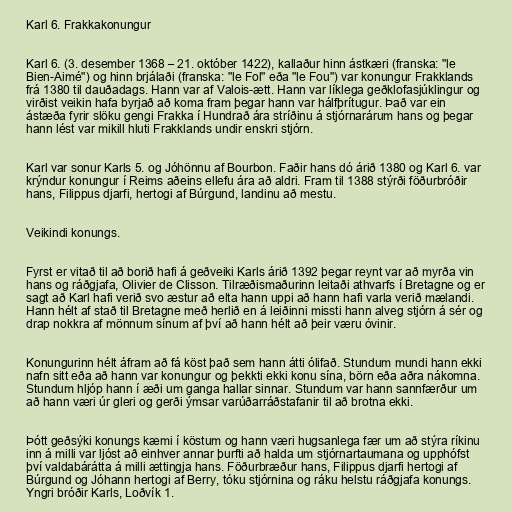
Karl 6. Frakkakonungur

Karl 6. (3. desember 1368 – 21. október 1422), kallaður hinn ástkæri (franska: "le
Bien-Aimé") og hinn brjálaði (franska: "le Fol" eða "le Fou") var konungur Frakklands
frá 1380 til dauðadags. Hann var af Valois-ætt. Hann var líklega geðklofasjúklingur og
virðist veikin hafa byrjað að koma fram þegar hann var hálfþrítugur. Það var ein
ástæða fyrir slöku gengi Frakka í Hundrað ára stríðinu á stjórnarárum hans og þegar
hann lést var mikill hluti Frakklands undir enskri stjórn.

Karl var sonur Karls 5. og Jóhönnu af Bourbon. Faðir hans dó árið 1380 og Karl 6. var
krýndur konungur í Reims aðeins ellefu ára að aldri. Fram til 1388 stýrði föðurbróðir
hans, Filippus djarfi, hertogi af Búrgund, landinu að mestu.

Veikindi konungs.

Fyrst er vitað til að borið hafi á geðveiki Karls árið 1392 þegar reynt var að myrða vin
hans og ráðgjafa, Olivier de Clisson. Tilræðismaðurinn leitaði athvarfs í Bretagne og er
sagt að Karl hafi verið svo æstur að elta hann uppi að hann hafi varla verið mælandi.
Hann hélt af stað til Bretagne með herlið en á leiðinni missti hann alveg stjórn á sér og
drap nokkra af mönnum sínum af því að hann hélt að þeir væru óvinir.

Konungurinn hélt áfram að fá köst það sem hann átti ólifað. Stundum mundi hann ekki
nafn sitt eða að hann var konungur og þekkti ekki konu sína, börn eða aðra nákomna.
Stundum hljóp hann í æði um ganga hallar sinnar. Stundum var hann sannfærður um
að hann væri úr gleri og gerði ýmsar varúðarráðstafanir til að brotna ekki.

Þótt geðsýki konungs kæmi í köstum og hann væri hugsanlega fær um að stýra ríkinu
inn á milli var ljóst að einhver annar þurfti að halda um stjórnartaumana og upphófst
því valdabárátta á milli ættingja hans. Föðurbræður hans, Filippus djarfi hertogi af
Búrgund og Jóhann hertogi af Berry, tóku stjórnina og ráku helstu ráðgjafa konungs.
Yngri bróðir Karls, Loðvík 1.